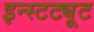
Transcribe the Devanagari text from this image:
इन्स्टट्यूट